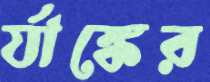
র‍্যাঙ্কের